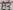
Text: A3